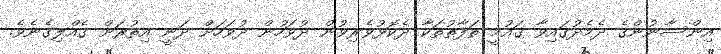
އިންސާނުންގެ ދެމެދުގައިވާ ޤައުމީ ތަފާތުތަކާ ދެކޮޅުވެރިވުން ދުވަހުން ދުވަހަށް ދަނީ އިތުރަށް ގެއްލިގެނެވެ.